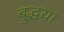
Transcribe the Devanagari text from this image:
बुद्धया